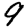
Digit: 9